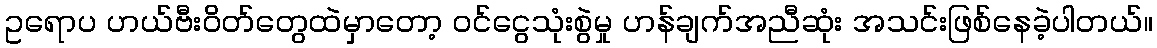
ဥရောပ ဟယ်ဗီးဝိတ်တွေထဲမှာတော့ ဝင်ငွေသုံးစွဲမှု ဟန်ချက်အညီဆုံး အသင်းဖြစ်နေခဲ့ပါတယ်။